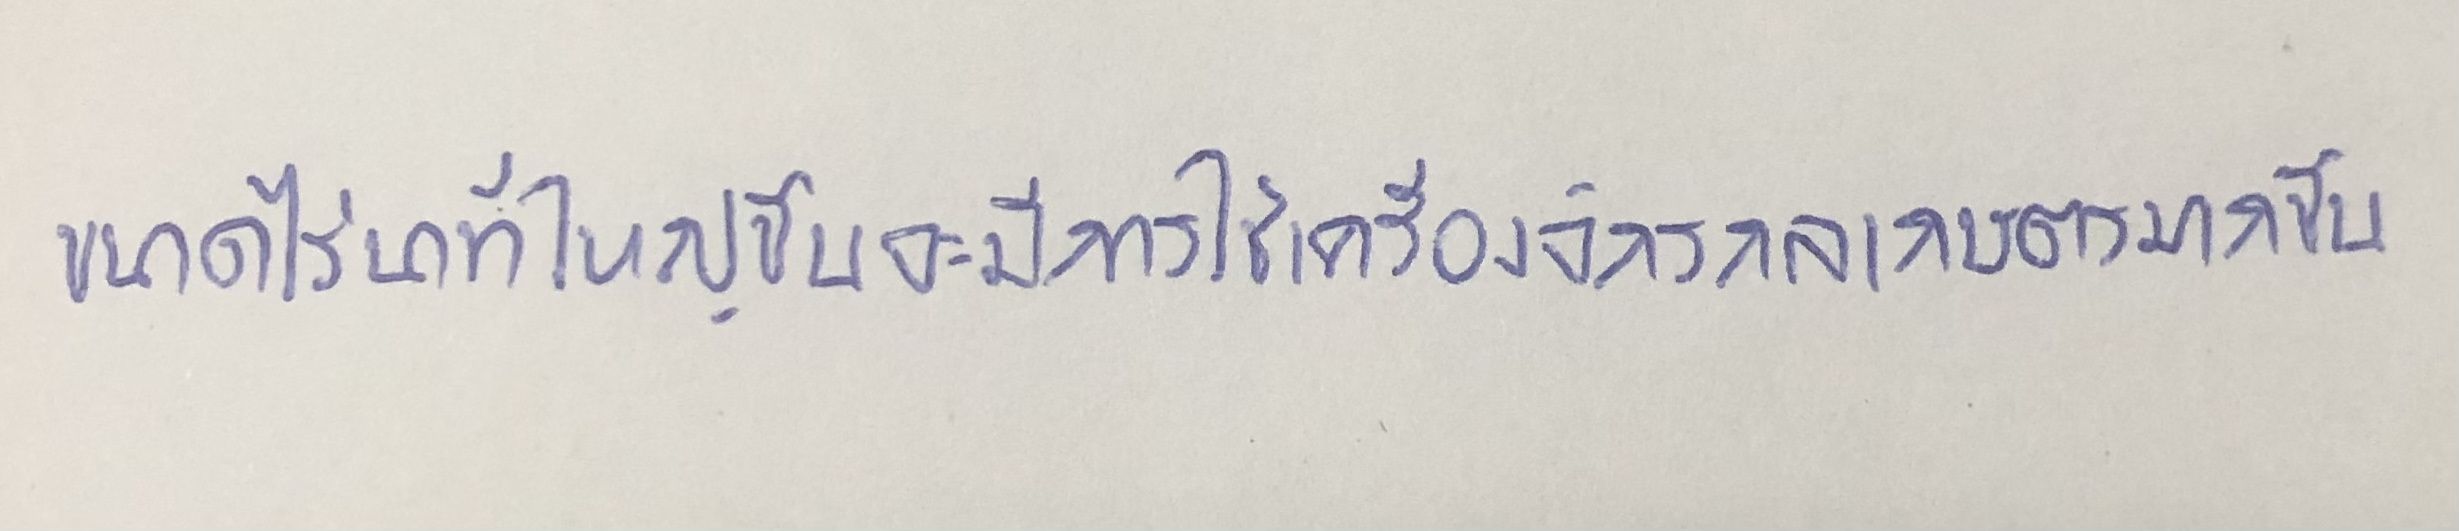
ขนาดไร่นาที่ใหญ่ขึ้นจะมีการใช้เครื่องจักรกลเกษตรมากขึ้น